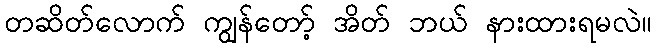
တဆိတ်လောက် ကျွန်တော့် အိတ် ဘယ် နားထားရမလဲ။